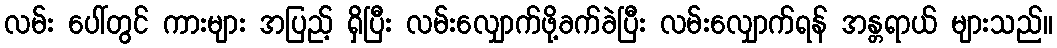
လမ်း ပေါ်တွင် ကားများ အပြည့် ရှိပြီး လမ်းလျှောက်ဖို့ခက်ခဲပြီး လမ်းလျှောက်ရန် အန္တရာယ် များသည်။